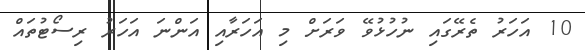
10 އަހަރު ތެރޭގައި ނުހުޅުވޭ ވަރަށް މި އަހަރާއި އަންނަ އަހަރު ރިސޯޓުތައް